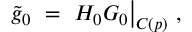
\widetilde g _ { 0 } \ = \ H _ { 0 } G _ { 0 } \big \vert _ { C ( p ) } \ ,